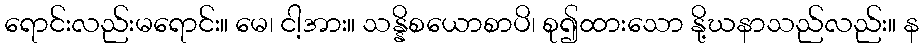
ရောင်းလည်းမရောင်း။ မေ၊ ငါ့အား။ သန္နိစယောစာပိ၊ စု၍ထားသော နို့ဃနာသည်လည်း။ န